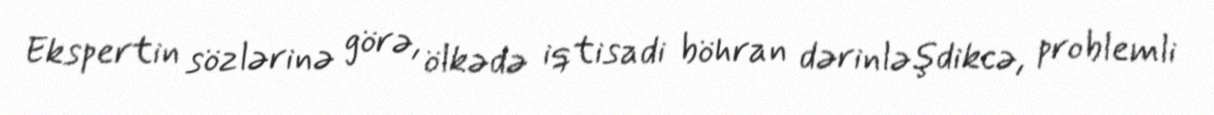
Ekspertin sözlərinə görə, ölkədə iqtisadi böhran dərinləşdikcə, problemli